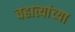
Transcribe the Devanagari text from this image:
चहात्यांच्या